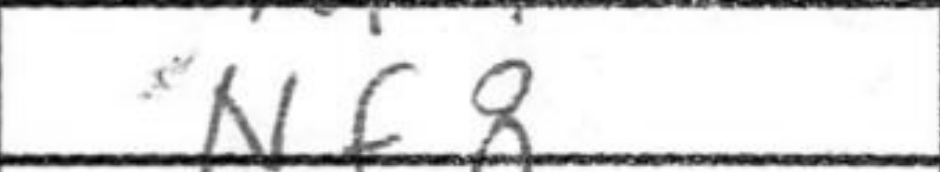
Transcription: Nf8